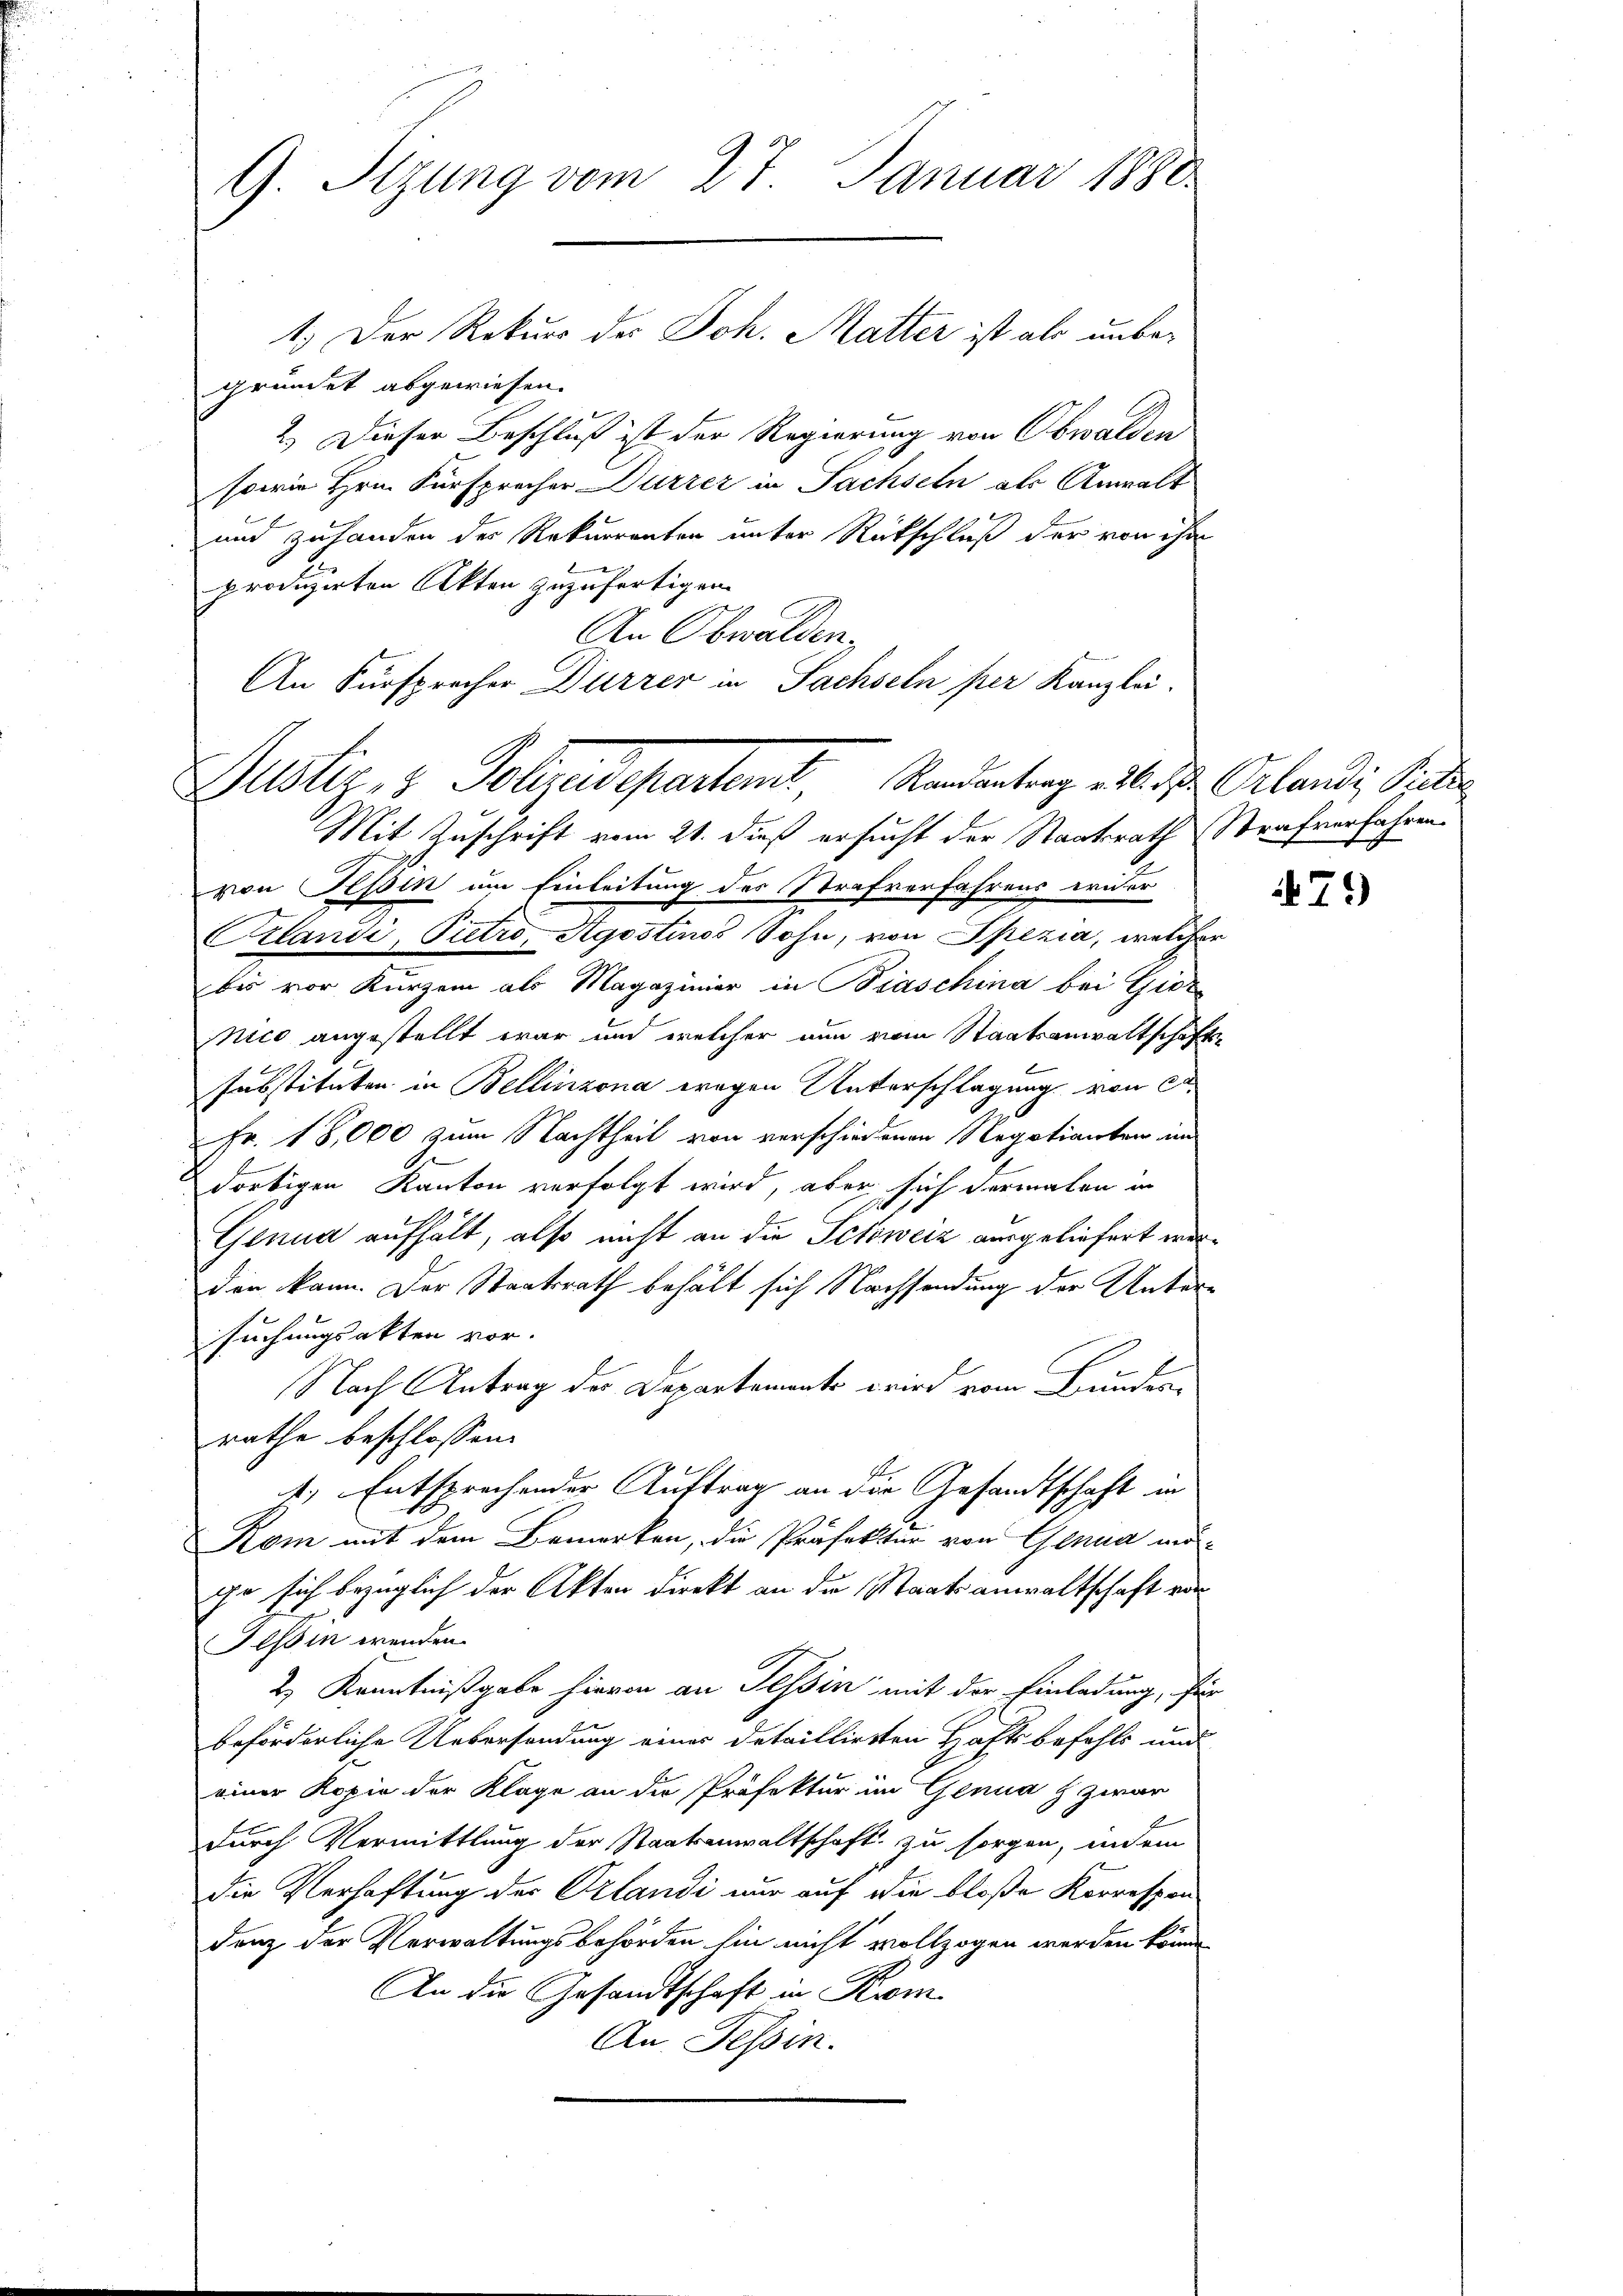
G. Sizung vom 27. Januar 1880

gründet abgewiesen.
2.) Dieser Beschluß ist der Regierung von Obwalden
sowie Hrn. Fürsprocher Dürrer in Sachseln als Anwalt
und zuhanden des Rekurrenten unter Rückschluß der von ihm
produzirten Akten zuzufertigen.
An Obwalden.
An Fürsprecher Dürrer in Sachseln per Kanzlei.
Mit Zuschrift vom 21. dieß ersucht der Staatsrath Strafverfahren
von Tessin um Einleitung des Strafverfahrens wider
Cilandi, Pietro Agostinos Sohn, von Spezia, welcher
bis vor Kurzem als Magaziner in Biaschina bei Giez
nico angestellt war und welcher nun vom Staatsanwaltschaftssubstituten in Bellinzona wegen Unterschlagung von e
Fr. 18,000 zum Nachtheil von verschiedenen Negotianten im
dortigen Kanton verfolgt wird, aber sich dermalen in
Genua aufhält, also nicht an die Schweiz ausgeliefert werden kann. Der Staatsrath behält sich Nachsendung der Unter-
suchungsakten vor.
Nach Antrag der Departemente wird vom Bunden
rathe beschlossen:
) Entsprechender Auftrag an die Gesandtschaft in
Kom mit dem Bemerken, die Präfektur von Genua möge sich bezüglich der Akten direkt an die Staatsanwaltschaft von
Tessin wenden.
2.) Kenntnißgabe hievon an Tessin mit der Einladung, für
beförderliche Uebersendung einer detaillirten Haftsbefehls und
einer Kopie der Klage an die Präfektur im Genua & zwar
durch Vermittlung der Staatsanwaltschaft zu sorgen, indem
die Verhaftung des Ozlandi nur auf die bloße Korrespon
denz der Verwaltungsbehörden hin nicht vollzogen werden könne
A.
An die Gesandtschaft in Kum
An Tessin.

1.) Der Rekurs des Joh. Matter ist als unbe¬

Justiz- & Polizedepartemt, Randentrag alle der Orlandi, Peter

79